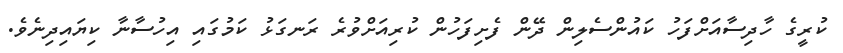
ކުރީގެ ހާދިސާއަށްފަހު ކައުންސެލިން ދޭން ފެށިފަހުން ކުރިއަށްވުރެ ރަނގަޅު ކަމުގައި އިހުސާނާ ކިޔައިދިނެވެ.